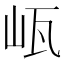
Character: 㼘